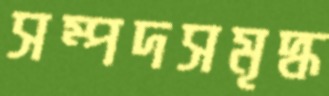
সম্পদসমৃদ্ধ